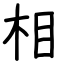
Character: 相